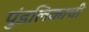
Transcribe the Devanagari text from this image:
पुंडलिकाची